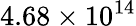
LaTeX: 4.68\times 10^{14}